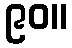
၉၀။